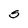
Character: S